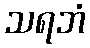
သရဘံ